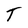
Character: T